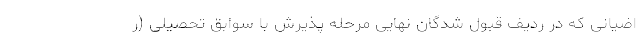
اضیانی که در ردیف قبول شدگان نهایی مرحله پذیرش با سوابق تحصیلی (ر